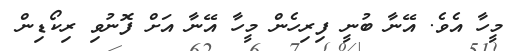
މީހާ އެވެ. އޭނާ ބުނީ ފިރިހެން މީހާ އޭނާ އަށް ފޮނުވި ރިކޯޑިން